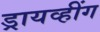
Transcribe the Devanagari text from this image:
ड्रायव्हींग